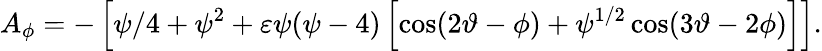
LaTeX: A_{\phi}=-\left[\psi/4+\psi^{2}+\varepsilon\psi(\psi-4)\left[\cos(2\vartheta-\phi)+\psi^{1/2}\cos(3\vartheta-2\phi)\right]\right].